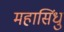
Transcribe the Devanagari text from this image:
महासिंधु